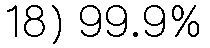
18) 99.9%